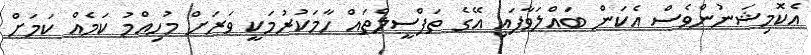
އެކޮމިޝަނުންވެސް އެކަން ބައްލަވާފައި އޭގެ ތަފްސީލްތައް ހާމަކުރުމަކީ ވަރަށް މުހިއްމު ކަމެއް ކަމަށް